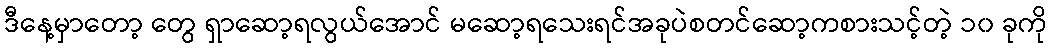
ဒီနေ့မှာတော့ တွေ ရှာဆော့ရလွယ်အောင် မဆော့ရသေးရင်အခုပဲစတင်ဆော့ကစားသင့်တဲ့ ၁၀ ခုကို